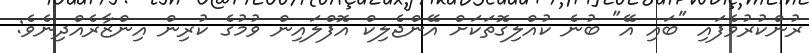
ރުންކުރުވެފައި "ބައި އޭ" ބުނެ ކުއްލިގޮތަކަށް އޭންޖެލިކް އޮފްލައިން ވުމުގެ ކުރިން އިންޒާރެއްދިނެވެ: